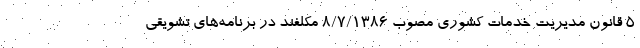
۵ قانون مدیریت خدمات کشوری مصوب ۸/۷/۱۳۸۶ مکلفند در برنامه‌های تشویقی